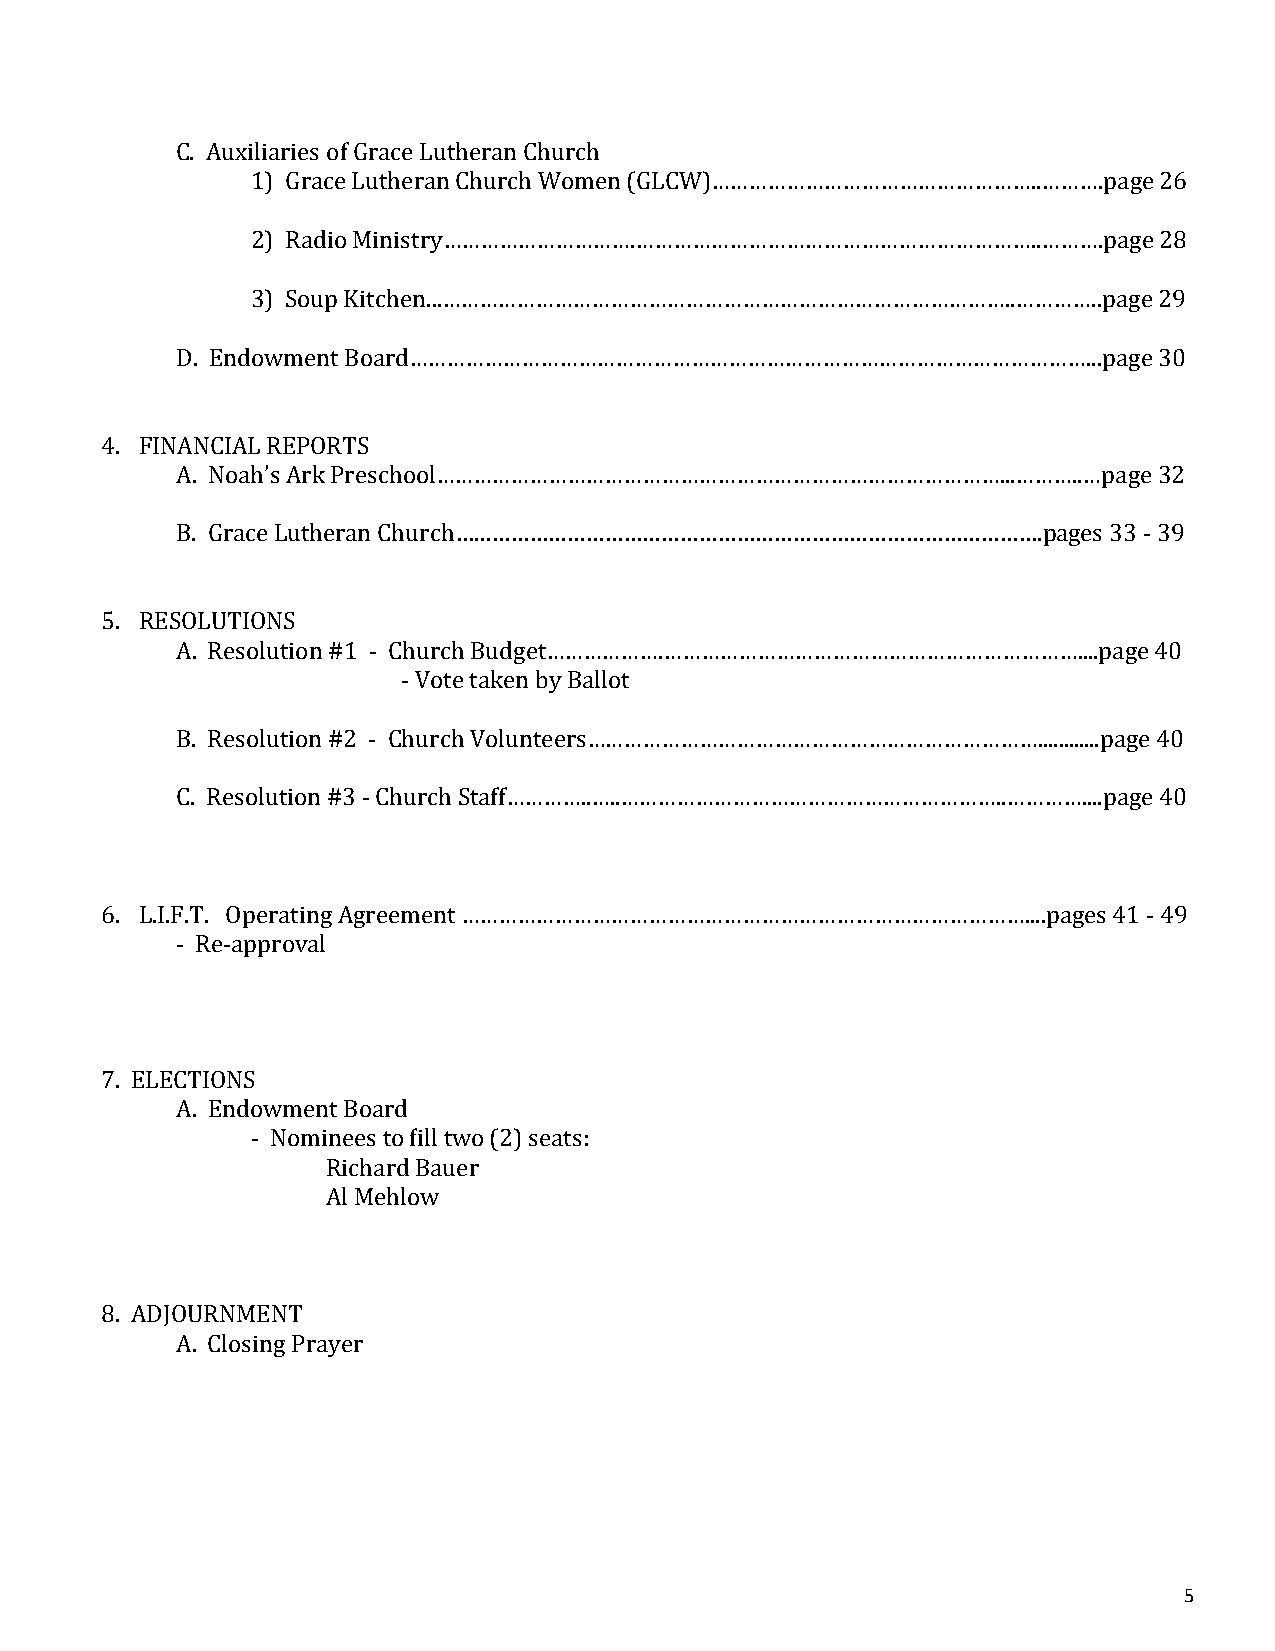
C. Auxiliaries of Grace Lutheran Church
 1) Grace Lutheran Church Women (GLCW)……………………………………………..……….page 26
 2) Radio Ministry………………………….………………………………………………………..……….page 28
 3) Soup Kitchen...………………………………………………………………………………..…………..page 29
 D. Endowment Board………………………………………………………………………………………………...page    30
 4. FINANCIAL REPORTS
 A. Noah’s Ark Preschool………………………………………………………………………………...………..…page 32
 B. Grace Lutheran Church………………………………………………………………………………….pages 33 - 39
 5. RESOLUTIONS
 A. Resolution #1 - Church Budget……………….…………………………………………………………....page 40
 - Vote taken by Ballot
 B. Resolution #2 - Church Volunteers………………………………………………………………............page 40
 C. Resolution #3 - Church Staff…………..…..……………………………………………………..…………....page 40
 6. L.I.F.T. Operating Agreement ………………………………………………………………………………....pages 41 - 49
 - Re-approval
 7. ELECTIONS
 A. Endowment Board
 - Nominees to fill two (2) seats:
 Richard Bauer
 Al Mehlow
 8. ADJOURNMENT
 A. Closing Prayer
 5